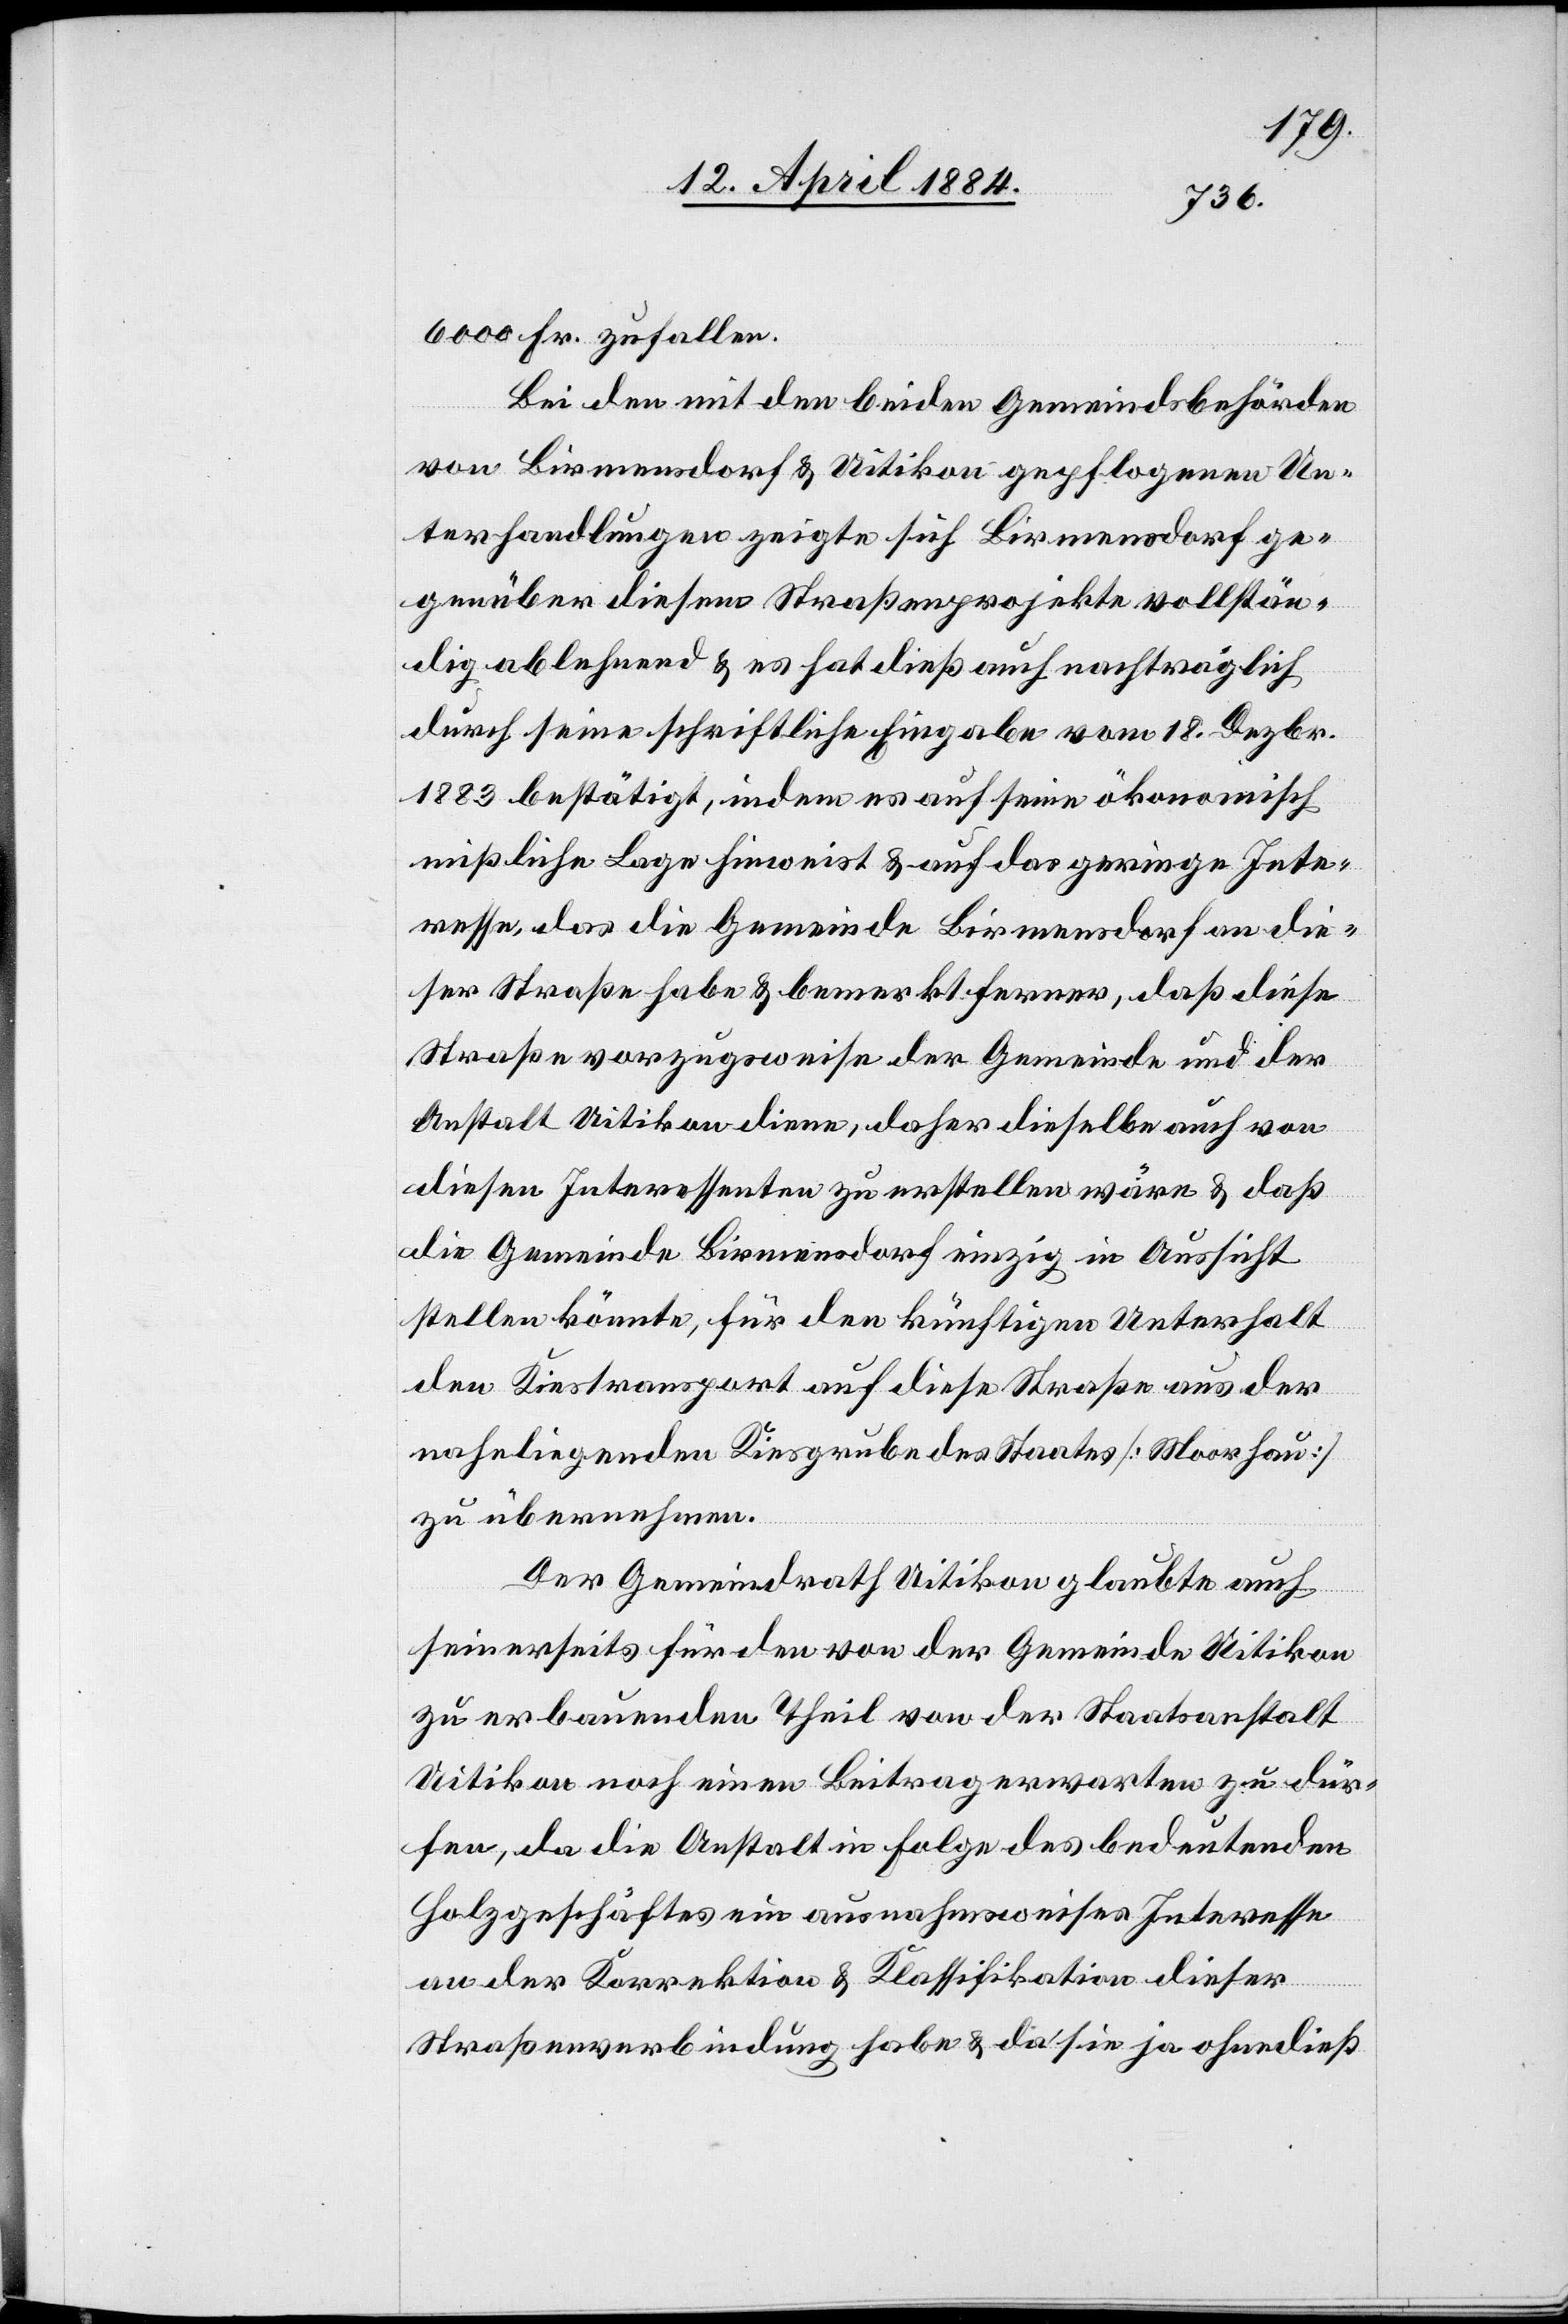
6000 Fr. zufallen.
Bei den mit den beiden Gemeindsbehörden
von Birmensdorf & Uitikon gepflogenen Un¬
terhandlungen zeigte sich Birmensdorf ge¬
genüber diesem Straßenprojekte vollstän¬
dig ablehnend & es hat dieß auch nachträglich
durch seine schriftliche Eingabe vom 18. Dezbr.
1883 bestätigt, indem es auf seine ökonomisch
mißliche Lage hinweist & auf das geringe Inte¬
resse, das die Gemeinde Birmensdorf an die¬
ser Straße habe & bemerkt ferner, daß diese
Straße vorzugsweise der Gemeinde und der
Anstalt Uitikon diene, daher dieselbe auch von
diesen Interessenten zu erstellen wäre & daß
die Gemeinde Birmensdorf einzig in Aussicht
stellen könnte, für den künftigen Unterhalt
den Diensttransport auf diese Straße aus der
naheliegenden Kiesgrube des Staates [Moorhau]
zu übernehmen.
Der Gemeindrath Uitikon glaubte auch
seinerseits für den von der Gemeinde Uitikon
zu erbauenden Theil von der Staatsanstalt
Uitikon noch einen Beitrag erwarten zu dür¬
fen, da die Anstalt in Folge des bedeutenden
Holzgeschäftes ein ausnahmsweises Interesse
an der Korrektion & Klassifikation dieser
Straßenverbindung habe & da sie ja ohnedieß